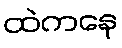
ထဲကနေ